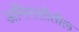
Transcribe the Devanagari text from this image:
अमिरातीतील